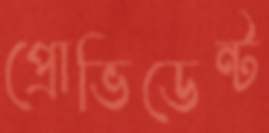
প্রোভিডেন্ট